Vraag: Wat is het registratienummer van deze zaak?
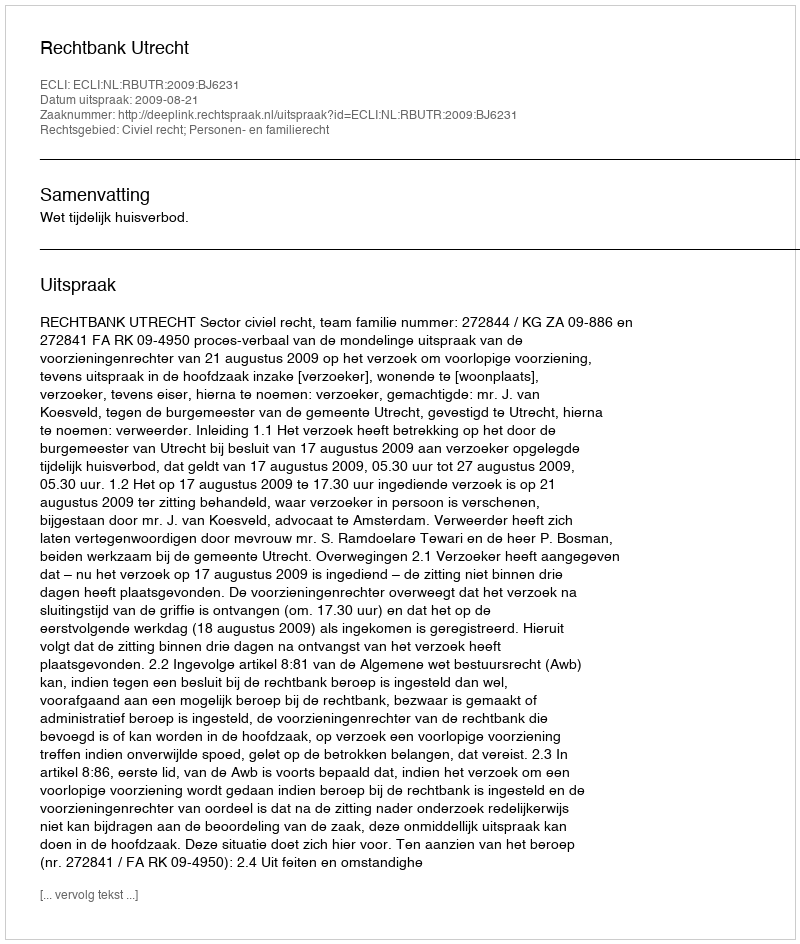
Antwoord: http://deeplink.rechtspraak.nl/uitspraak?id=ECLI:NL:RBUTR:2009:BJ6231